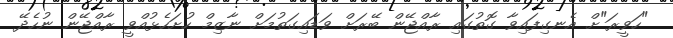
"ހަވީރަ"ށް އެނގިފައިވާ ގޮތުގައި ރާއްޖޭން ބޭރަށް ވަޑައިގަތުމަށް ނާޒިމް ހުށަހެޅުއްވީ ރާއްޖޭން ނުހެދޭ